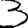
Digit: 3